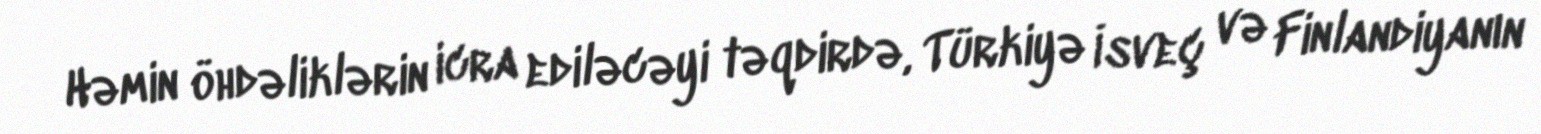
Həmin öhdəliklərin icra ediləcəyi təqdirdə, Türkiyə İsveç və Finlandiyanın